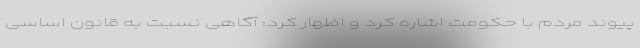
پیوند مردم با حکومت اشاره کرد و اظهار کرد: آگاهی نسبت به قانون اساسی